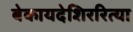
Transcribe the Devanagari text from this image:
बेकायदेशिररित्या